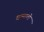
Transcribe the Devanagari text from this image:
रामरावो